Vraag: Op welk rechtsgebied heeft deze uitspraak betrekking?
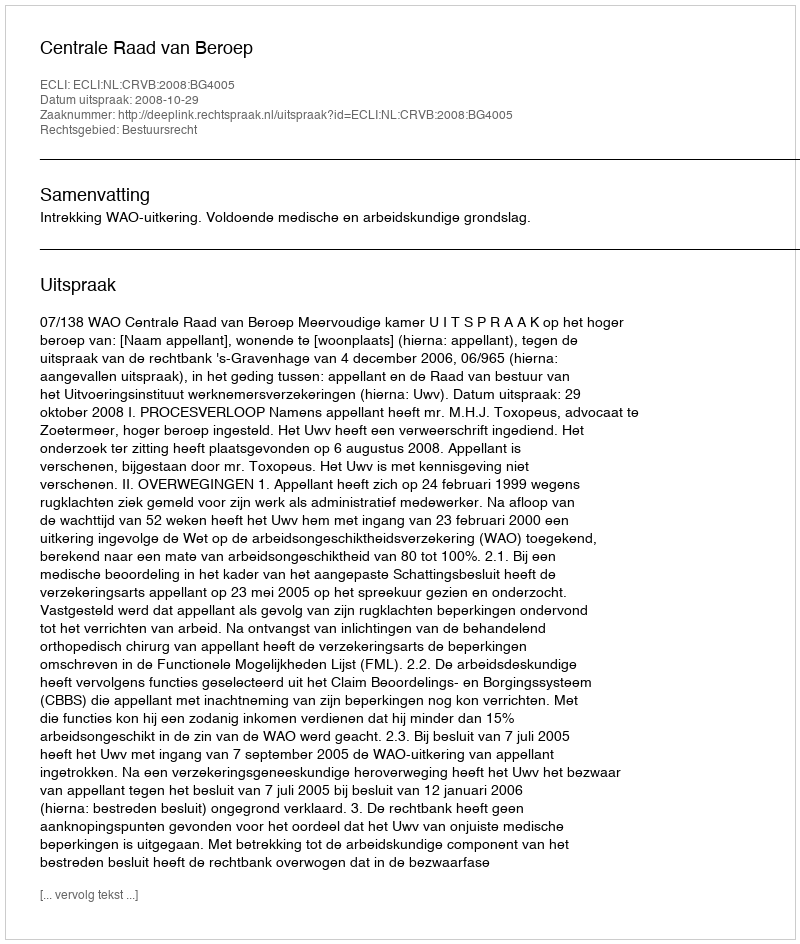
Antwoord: Bestuursrecht